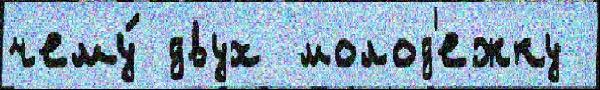
чему́ двух молод'ежку